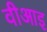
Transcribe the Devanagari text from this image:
वीआइ